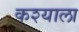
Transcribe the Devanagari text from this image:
कश्याला